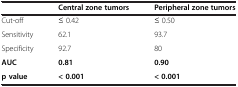
<table><thead><tr><td><b> </b></td><td><b>Central zone tumors</b></td><td><b>Peripheral zone tumors</b></td></tr></thead><tbody><tr><td>Cut-off</td><td>≤ 0.42</td><td>≤ 0.50</td></tr><tr><td>Sensitivity</td><td>62.1</td><td>93.7</td></tr><tr><td>Specificity</td><td>92.7</td><td>80</td></tr><tr><td><b>AUC</b></td><td><b>0.81</b></td><td><b>0.90</b></td></tr><tr><td><b>p value</b></td><td><b>&lt; 0.001</b></td><td><b>&lt; 0.001</b></td></tr></tbody></table>